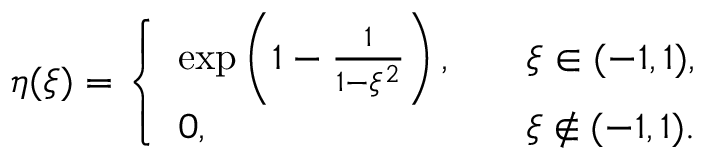
\eta ( \xi ) = \left\{ \begin{array} { l l } { \exp \left( 1 - \frac { 1 } { 1 - \xi ^ { 2 } } \right) , } & { \quad \xi \in ( - 1 , 1 ) , } \\ { 0 , } & { \quad \xi \not \in ( - 1 , 1 ) . } \end{array} \right.